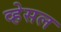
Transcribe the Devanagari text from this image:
व्हेसल